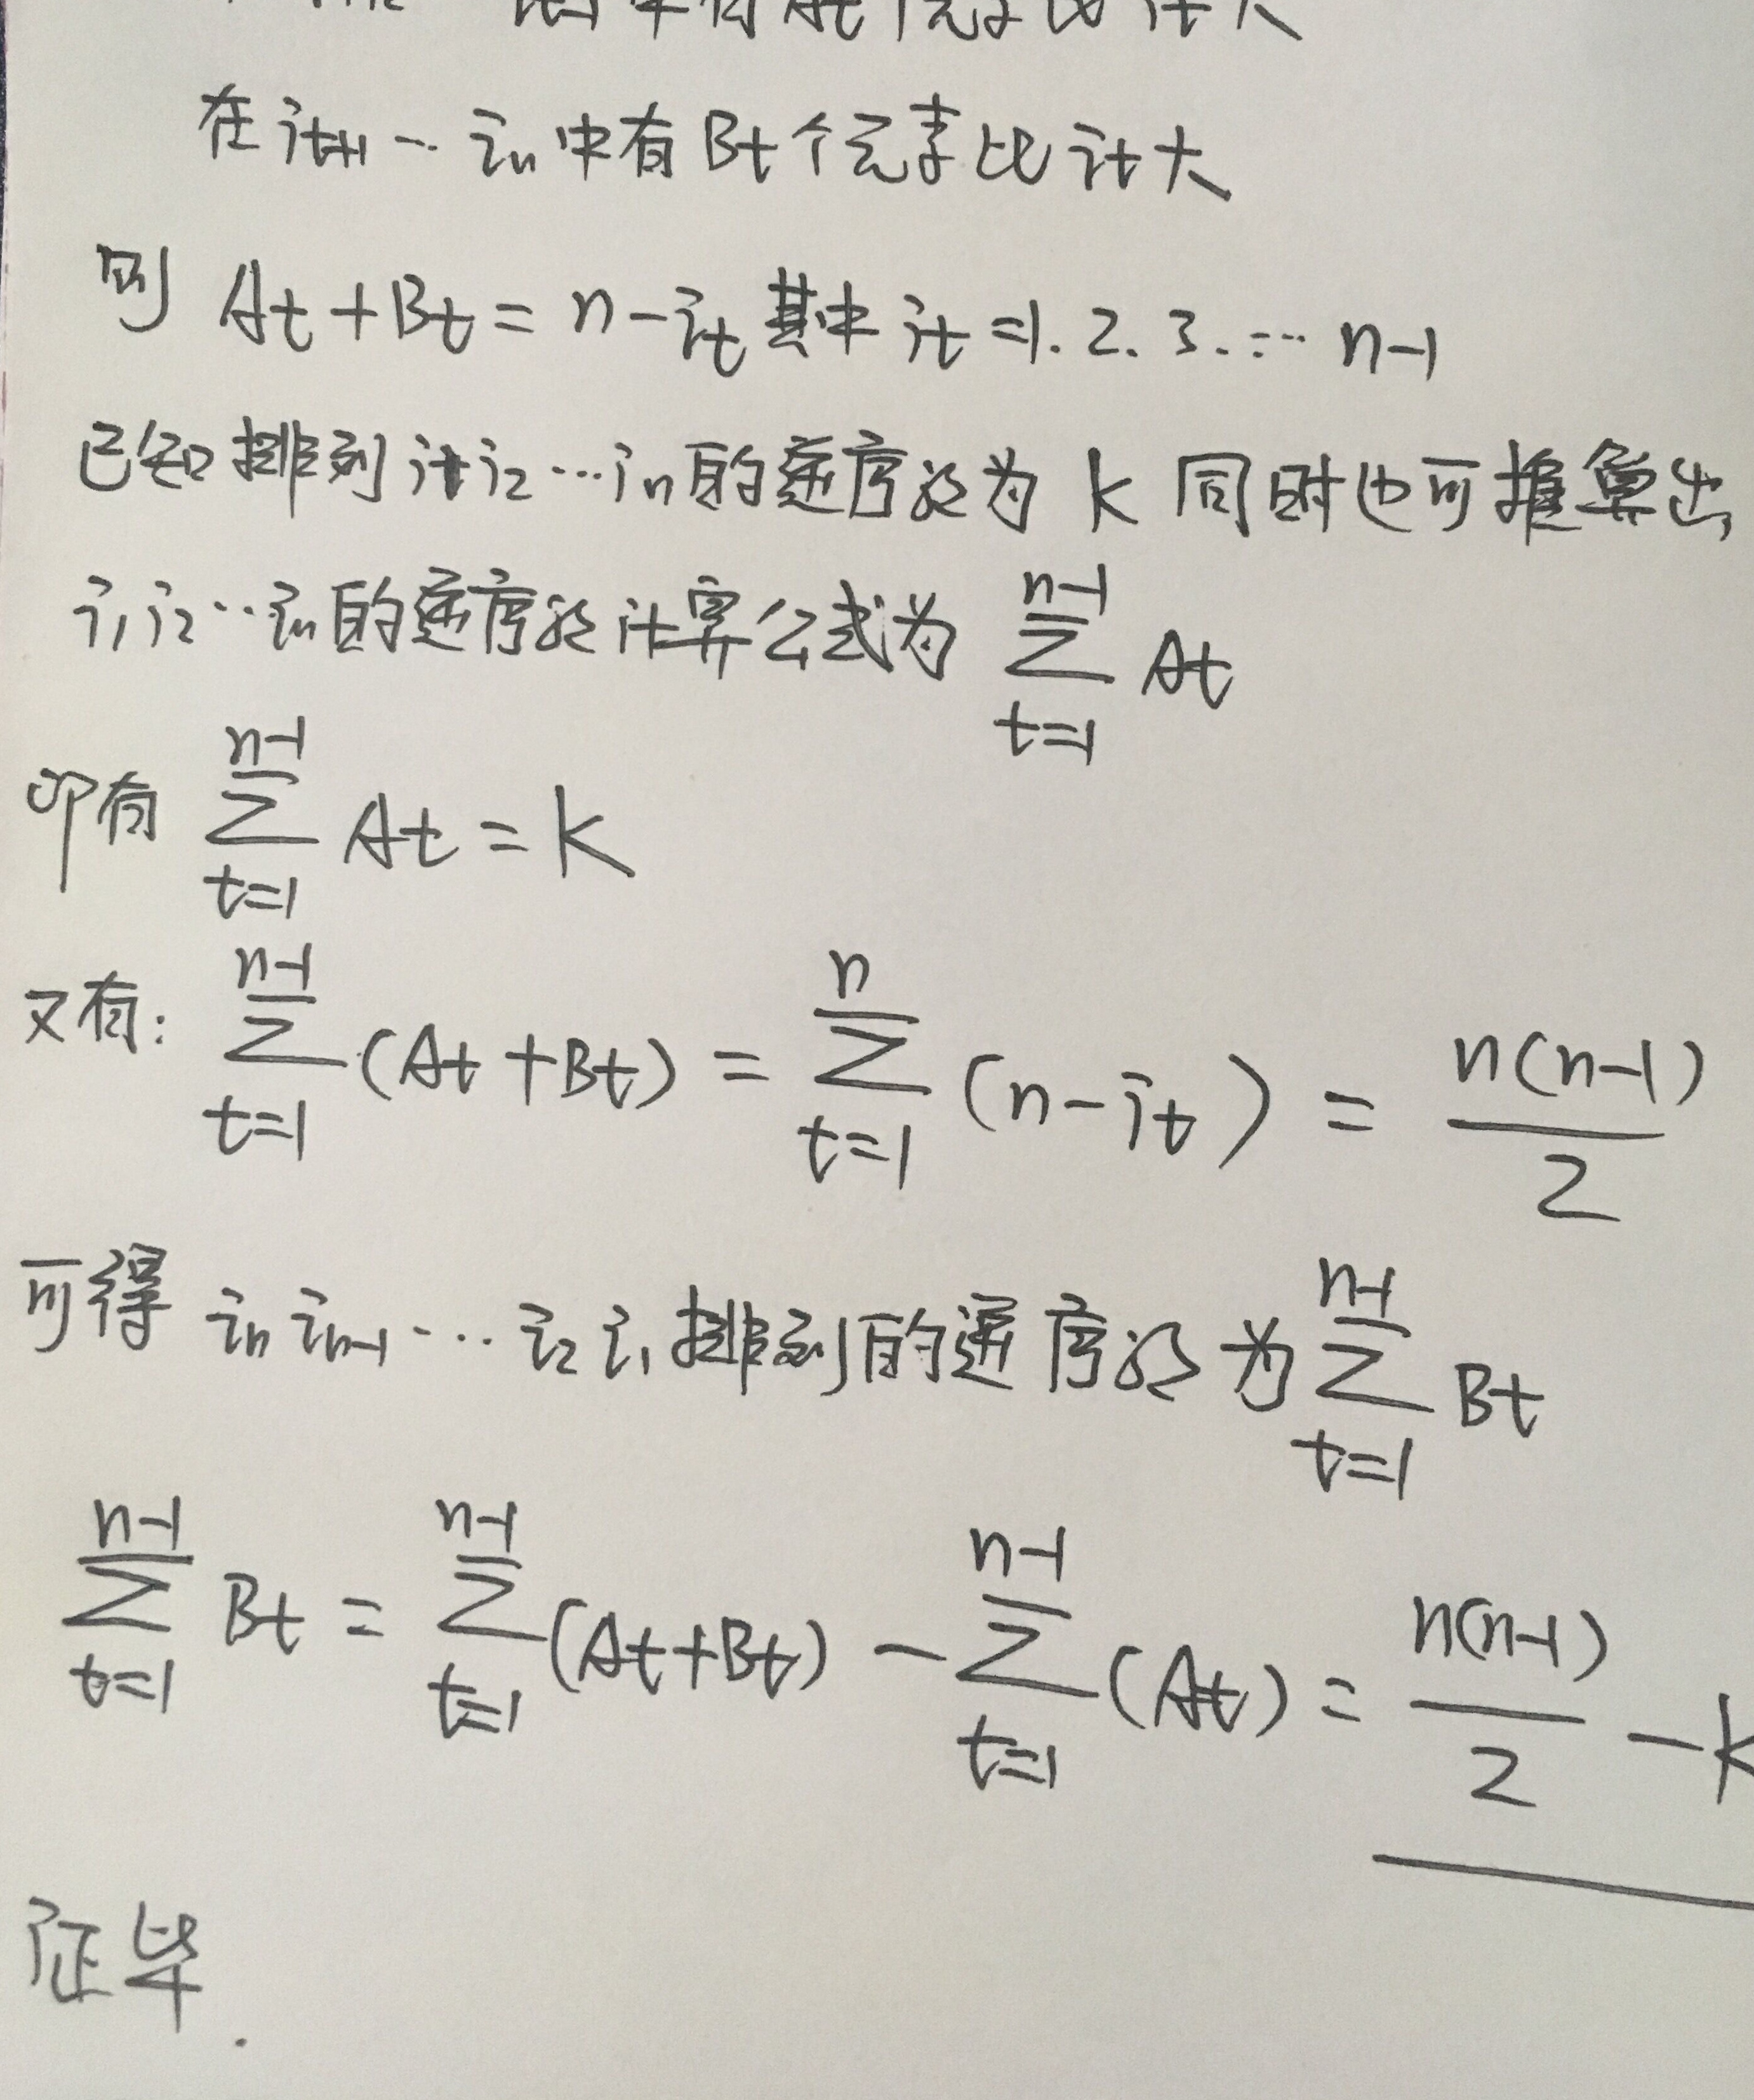
在 \(i_{t + 1}\cdots i_{n}\) 中有 \(B_{t}\) 个元素比 \(i_{t}\) 大，则 \(A_{t}+B_{t}=n - i_{t}\)，其中 \(i_{t}=1,2,3,\cdots,n - 1\)。已知排列 \(i_{1}i_{2}\cdots i_{n}\) 的逆序数为 \(k\)，同时也可推导出，\(i_{1}i_{2}\cdots i_{n}\) 的逆序数计算公式为 \(\sum_{t = 1}^{n - 1}A_{t}\)，即有 \(\sum_{t = 1}^{n - 1}A_{t}=k\)。

又有：\(\sum_{t = 1}^{n - 1}(A_{t}+B_{t})=\sum_{t = 1}^{n}(n - i_{t})=\frac{n(n - 1)}{2}\)

可得 \(i_{n}i_{n - 1}\cdots i_{2}i_{1}\) 排列的逆序数为 \(\sum_{t = 1}^{n - 1}B_{t}\)

\(\sum_{t = 1}^{n - 1}B_{t}=\sum_{t = 1}^{n - 1}(A_{t}+B_{t})-\sum_{t = 1}^{n - 1}(A_{t})=\frac{n(n - 1)}{2}-k\)

证毕。